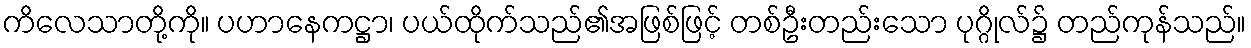
ကိလေသာတို့ကို။ ပဟာနေကဋ္ဌာ၊ ပယ်ထိုက်သည်၏အဖြစ်ဖြင့် တစ်ဦးတည်းသော ပုဂ္ဂိုလ်၌ တည်ကုန်သည်။